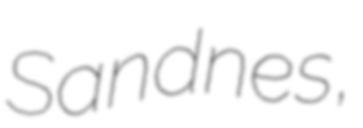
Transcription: Sandnes,